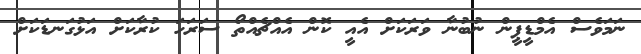
ނަމަވެސް އެމްޑީޕީން ނުބުނާ ވަރަކަށް އެއީ ކޮން އެއްޗެއްތޯ ސަރަހަ ކުރާކަށް އަޅުގަނޑަކަށް